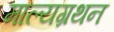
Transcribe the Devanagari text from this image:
माल्यग्रथन